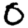
Digit: 0